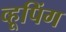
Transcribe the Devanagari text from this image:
व्हूपिंग